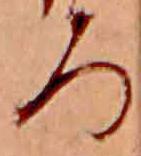
ろ